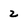
Character: 2